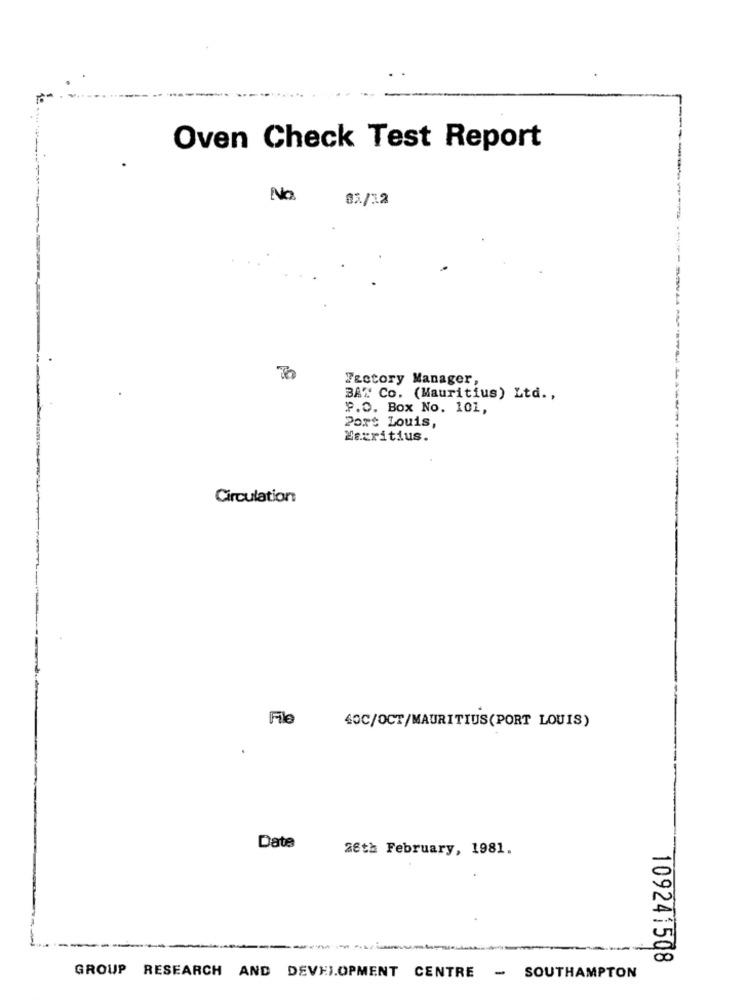
Oven Check Test Report
No.
02/12
Factory Manager,
BAT Co. (Mauritius) Ltd .,
P.O. Box No. 101,
Port Louis,
Nacritius.
Circulation
File
40C/OCT/MAURITIUS(PORT LOUIS)
Date
26th February, 1981.
---
109241508
GROUP RESEARCH AND DEVELOPMENT CENTRE - SOUTHAMPTON